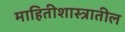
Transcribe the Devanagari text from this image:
माहितीशास्त्रातील